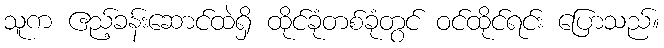
သူက ဧည့်ခန်းဆောင်ထဲရှိ ထိုင်ခုံတစ်ခုံတွင် ဝင်ထိုင်ရင်း ပြောသည်။